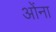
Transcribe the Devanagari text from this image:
ओंना